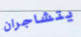
يتشاجران